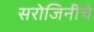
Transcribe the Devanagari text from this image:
सरोजिनींचे